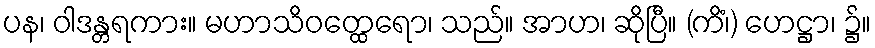
ပန၊ ဝါဒန္တရကား။ မဟာသိဝတ္ထေရော၊ သည်။ အာဟ၊ ဆိုပြီ။ (ကိံ၊) ဟေဋ္ဌာ၊ ၌။